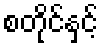
စတိုင်နှင့်